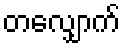
တလျှောက်